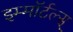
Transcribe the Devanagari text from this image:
इम्मॉर्टल्स्